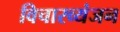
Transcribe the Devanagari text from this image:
विचारव्यंजन